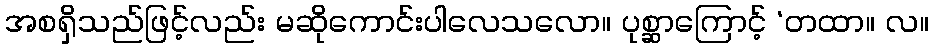
အစရှိသည်ဖြင့်လည်း မဆိုကောင်းပါလေသလော။ ပုစ္ဆာကြောင့် ‘တထာ။ လ။